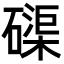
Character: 磲